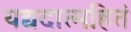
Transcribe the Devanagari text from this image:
यद्यदात्महितं